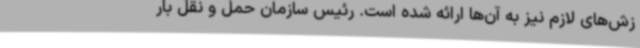
زش‌های لازم نیز به آن‌ها ارائه شده است. رئیس سازمان حمل و نقل بار